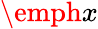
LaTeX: \emph{x}